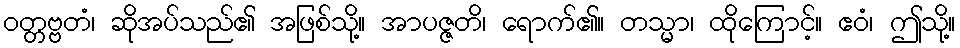
ဝတ္တဗ္ဗတံ၊ ဆိုအပ်သည်၏ အဖြစ်သို့။ အာပဇ္ဇတိ၊ ရောက်၏။ တသ္မာ၊ ထိုကြောင့်။ ဧဝံ၊ ဤသို့။